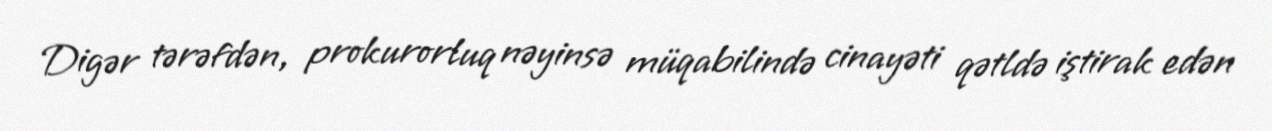
Digər tərəfdən, prokurorluq nəyinsə müqabilində cinayəti qətldə iştirak edən